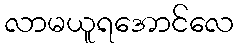
လာမယူရအောင်လေ